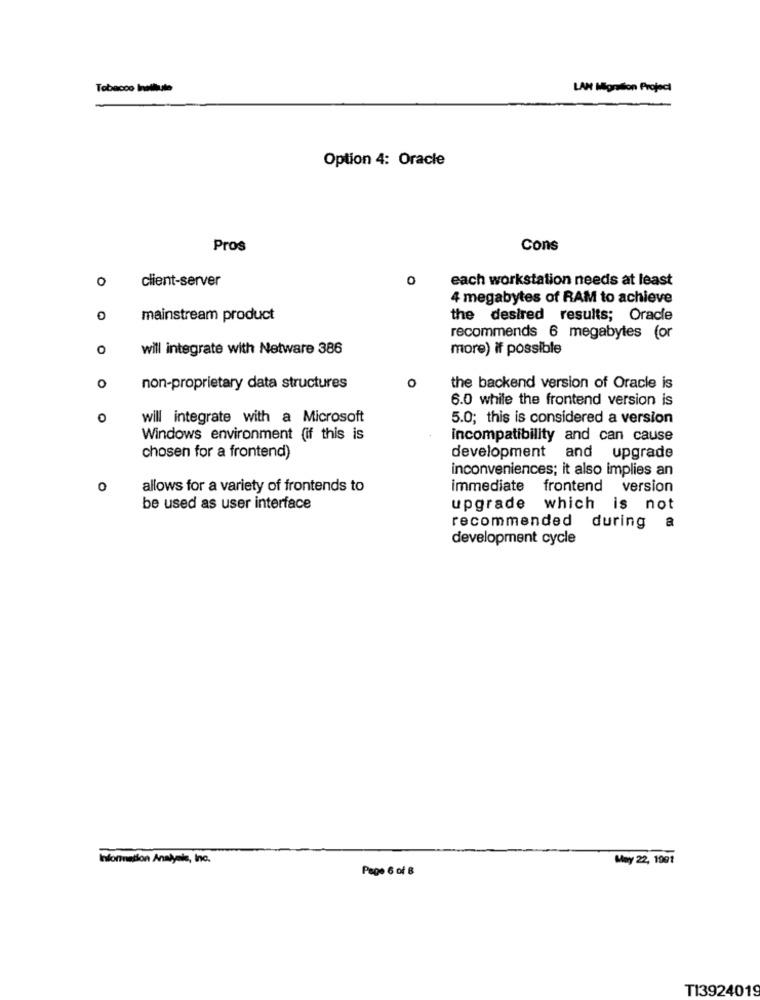
Tobacco Institute
LAN Migration Project
Option 4: Oracle
Pros
Cons
0
client-server
0
each workstation needs at least
4 megabytes of RAM to achieve
0
mainstream product
the desired results; Oracle
recommends 6 megabytes (or
O
will integrate with Netware 386
more) if possible
0
O
non-proprietary data structures
the backend version of Oracle is
6.0 while the frontend version is
O
will integrate with a Microsoft
5.0; this is considered a version
Windows environment (if this is
incompatibility and can cause
chosen for a frontend)
development and upgrade
inconveniences; it also implies an
0
allows for a variety of frontends to
immediate
frontend version
be used as user interface
upgrade which is not
recommended during a
development cycle
Information Analysis, Inc.
May 22, 1991
Pege 6 of &
TI3924019